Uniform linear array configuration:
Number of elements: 12
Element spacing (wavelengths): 0.75
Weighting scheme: exponential
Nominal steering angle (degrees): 45
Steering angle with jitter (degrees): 46.58
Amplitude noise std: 0.05
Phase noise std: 0.05

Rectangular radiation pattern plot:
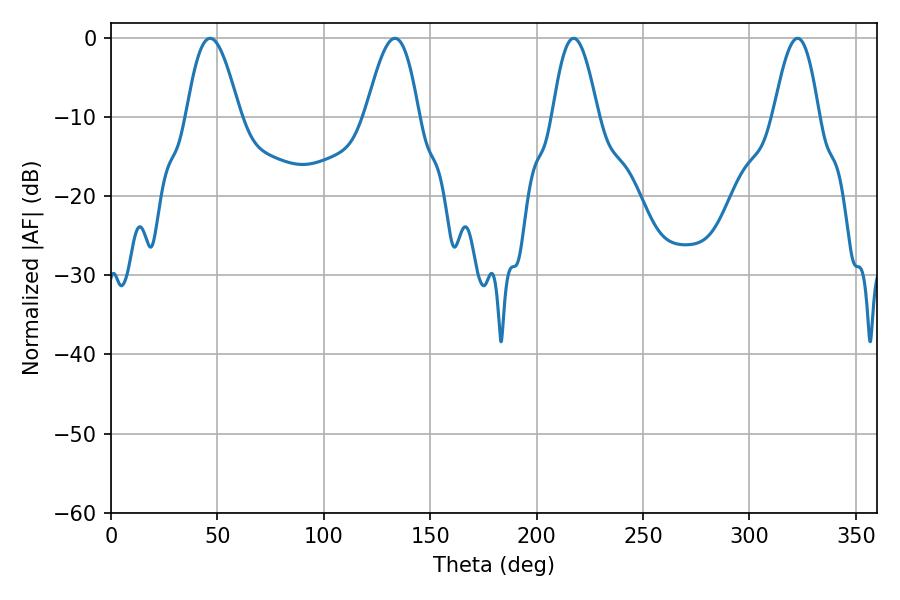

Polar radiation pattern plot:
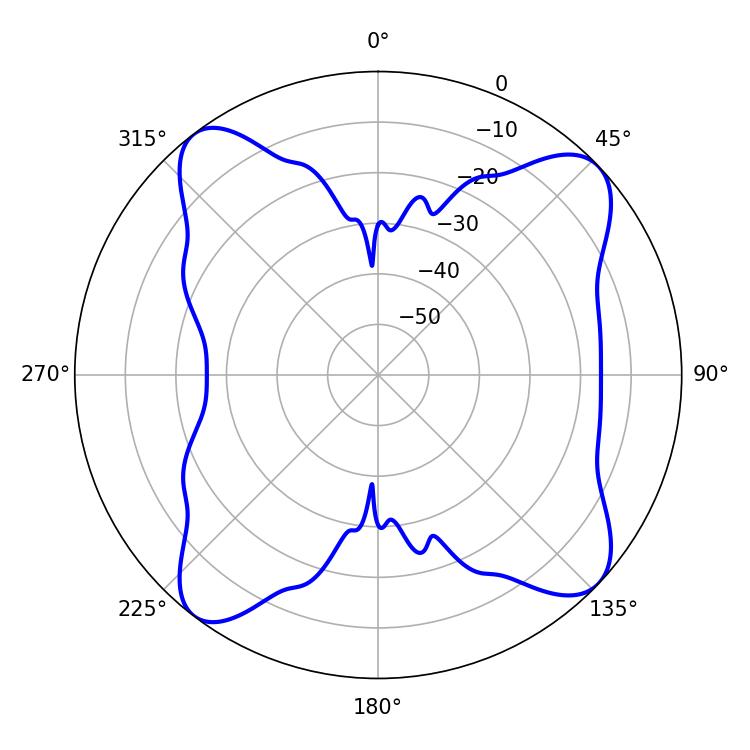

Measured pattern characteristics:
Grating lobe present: TRUE
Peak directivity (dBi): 12.102
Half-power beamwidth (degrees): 13.5
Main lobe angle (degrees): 46.62